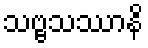
သဗ္ဗသဿာနိ